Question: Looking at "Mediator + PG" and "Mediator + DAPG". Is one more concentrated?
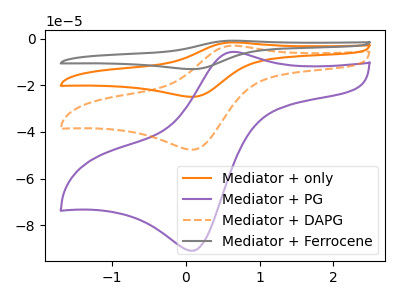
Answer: <think>The orange curve "Mediator + only" has an anodic peak at (0.65V, -5.90uA) and a cathodic peak at (0.10V, -95.25uA). The purple curve "Mediator + PG" has an anodic peak at (0.65V, -5.60uA) and a cathodic peak at (0.10V, -91.00uA). The orange dashed curve "Mediator + DAPG" has an anodic peak at (0.65V, -2.95uA) and a cathodic peak at (0.10V, -47.60uA). The gray curve "Mediator + Ferrocene" has an anodic peak at (0.65V, -8.80uA) and a cathodic peak at (0.10V, -142.85uA).
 All the peaks in "Mediator + PG" have a peak in "Mediator + DAPG" at the same potential.</think>
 <answer>I cant tell if "Mediator + PG" or "Mediator + DAPG" has higher concentration.</answer>
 <eval>mixed_concentration</eval>